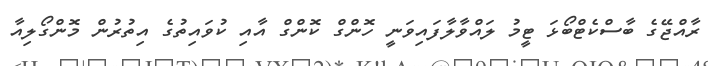
ރާއްޖޭގެ ބާސްކެޓްބޯޅަ ޓީމު ލައްވާލާފައިވަނީ ހޮންގް ކޮންގް އާއި ކުވައިތުގެ އިތުރުން މޮންގޯލިއާ